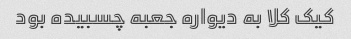
کیک کلا به دیواره جعبه چسبیده بود